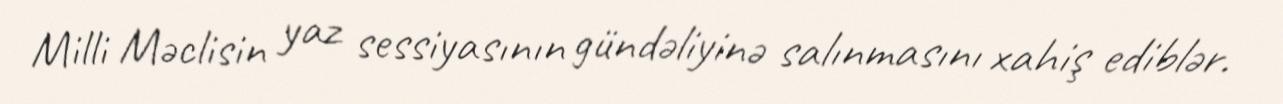
Milli Məclisin yaz sessiyasının gündəliyinə salınmasını xahiş ediblər.